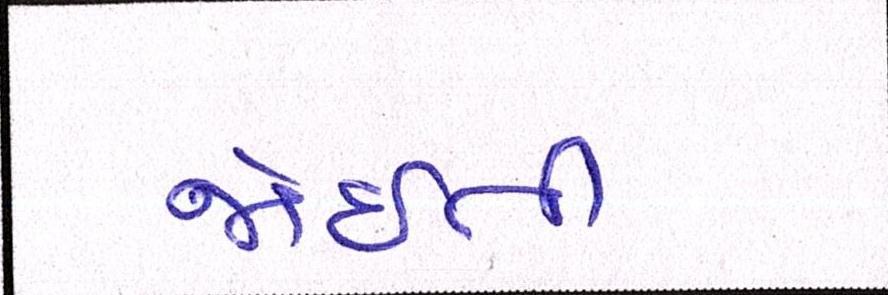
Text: જોઈતી